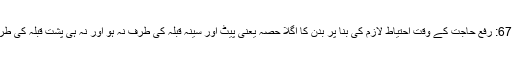
مسئلہ 67: رفع حاجت کے وقت احتیاط لازم کی بنا پر بدن کا اگلا حصہ یعنی پیٹ اور سینہ قبلہ کی طرف نہ ہو اور نہ ہی پشت قبلہ کی طرف ہو۔